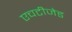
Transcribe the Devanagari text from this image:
एचटीजेड